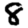
Digit: 8